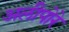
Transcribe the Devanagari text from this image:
अलीपोरे